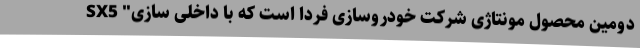
SX5 "دومین محصول مونتاژی شرکت خودروسازی فردا است که با داخلی سازی